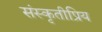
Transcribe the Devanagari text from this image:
संस्कृतीप्रिय